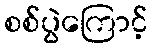
စစ်ပွဲကြောင့်